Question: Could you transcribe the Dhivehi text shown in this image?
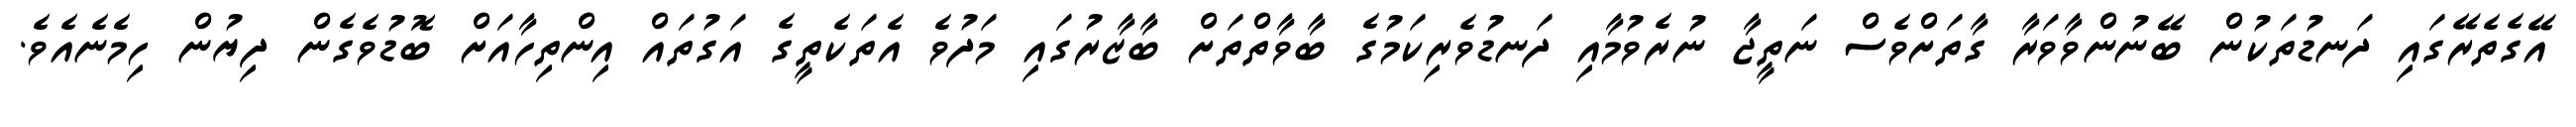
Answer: އޭގެތެރޭގައި ދަނޑުތަކުން ބޭނުންވާވަރާ ގާތަށްވެސް ނަތީޖާ ނުރެވުމާއި ދަނޑުވެރިކަމުގެ ބާވާތްތަށް ބާޒާރުގައި މަދުވެ އެތަކެތީގެ އަގުތައް އިންތިހާއަށް ބޮޑުވެގެން ދިޔުން ހިމެނެއެވެ.